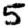
Digit: 5